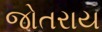
જોતરાય